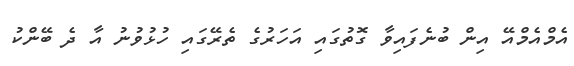
އެމްއެމްއޭ އިން ބުނެފައިވާ ގޮތުގައި އަހަރުގެ ތެރޭގައި ހުޅުވުނު އާ ދެ ބޭންކު